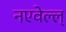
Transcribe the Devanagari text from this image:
नएवेल्ल्